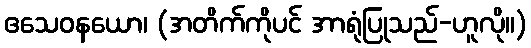
ဧသေဝနယော၊ (အတိက်ကိုပင် အာရုံပြုသည်-ဟူလို။)